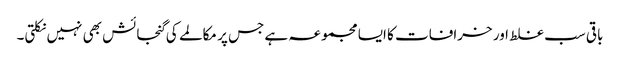
باقی سب غلط اور خرافات کا ایسا مجموعہ ہے جس پر مکالمے کی گنجائش بھی نہیں نکلتی۔